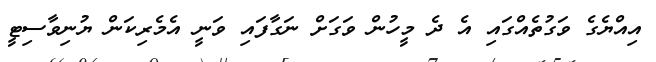
އިއްޔެގެ ވަގުތެއްގައި އެ ދެ މީހުން ވަގަށް ނަގާފައި ވަނީ އެމެރިކަން ޔުނިވާސިޓީ